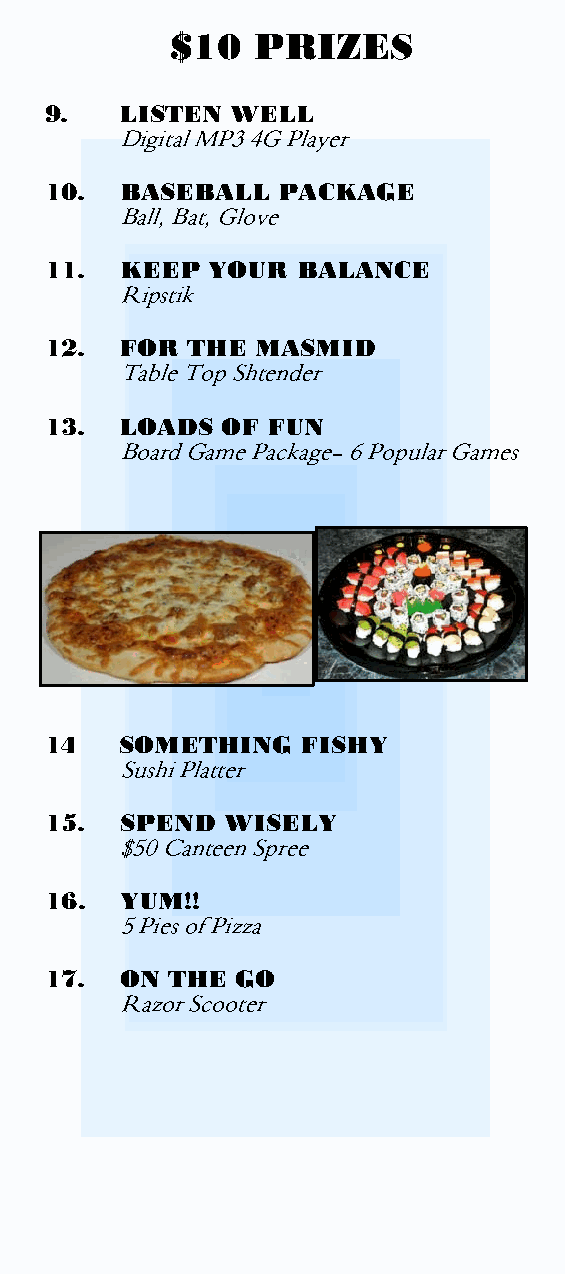
$25  PRIZES                         $10   PRIZES                        $10   PRIZES
 1.   RIDE IT
 26" Bicycle                     9.   LISTEN WELL                    18.  UP  IN THE AIR
 Digital MP3 4G Player               RC Helicopter
 2.   PLAY IT
 Casio Electronic Keyboard       10.  BASEBALL  PACKAGE
 19.  STAY  CONNECTED
 Ball, Bat, Glove
 3.   HEAR  IT
 Motorola 2-way Radio
 Sony Audio Component System     11.  KEEP  YOUR  BALANCE
 Ripstik
 20.  POP  GOES THE  WEASEL
 4.   SEE IT
 3 Gedolim Plaques               12.  FOR THE  MASMID                     Hot Air Popcorn Maker
 Table Top Shtender
 5.   LEARN  IT
 ArtScroll Rashi Chumash         13.  LOADS  OF FUN
 Board Game Package- 6 Popular Games
 6.   CAPTURE  IT
 Canon Digital Camera
 7.   SCORE IT
 Air Hockey Table
 8.   DRINK  IT
 Silver Becher
 21.  SHTEIGING  AWAY
 Mikraos Gedolos Chumash
 14   SOMETHING   FISHY
 Sushi Platter                  22.  SPORTS  PACKAGE
 Volleyball, Basketball
 15.  SPEND  WISELY
 $50 Canteen Spree                   Dodgeball, Hockey Stick
 16.  YUM!!
 23.  SLAM
 5 Pies of Pizza
 Virtual Tennis
 17.  ON THE  GO
 Razor Scooter
 24.  JACKPOT
 1 Ticket in Each Prize